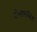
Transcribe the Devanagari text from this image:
टोलारखिंड